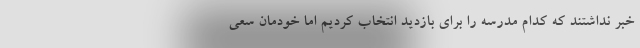
خبر نداشتند که کدام مدرسه را برای بازدید انتخاب کردیم اما خودمان سعی